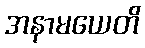
အနာမယေတိ